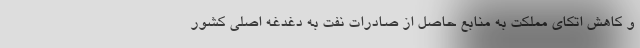
و کاهش اتکای مملکت به منابع حاصل از صادرات نفت به دغدغه اصلی کشور